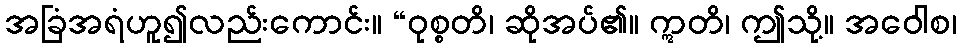
အခြံအရံဟူ၍လည်းကောင်း။ “ဝုစ္စတိ၊ ဆိုအပ်၏။ ဣတိ၊ ဤသို့။ အဝေါစ၊